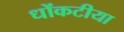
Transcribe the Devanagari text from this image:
धोंकटीया